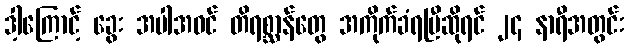
ဒါ့ကြောင့် ခွေး အပါအဝင် တိရစ္ဆာန်တွေ အကိုက်ခံရပြီဆိုရင် ၂၄ နာရီအတွင်း